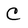
Character: C